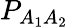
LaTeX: P_{A_{1}A_{2}}